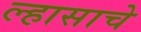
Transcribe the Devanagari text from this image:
ल्हासाचे